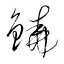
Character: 鐃